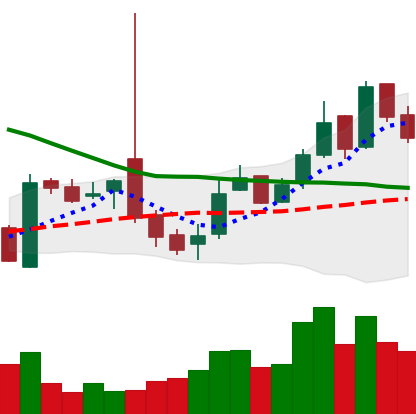
Ticker: LTC-USD
Chart end date: 2016-10-31
Forward return: -3.187%
Label: down_3_5